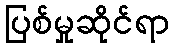
ပြစ်မှုဆိုင်ရာ